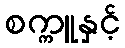
စက္ကူနှင့်